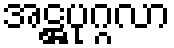
အဋ္ဌပုဂ္ဂလာ